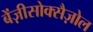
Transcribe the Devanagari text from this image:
बेंज़ीसोक्सैज़ोल